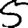
Digit: 5